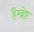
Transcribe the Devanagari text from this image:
हैम्ब्रेष्ट